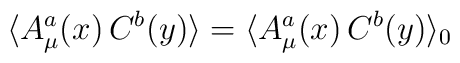
\langle A^a_\mu(x) \, C^b(y) \rangle  = \langle A^a_\mu(x) \, C^b(y) \rangle_0